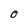
Character: O